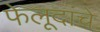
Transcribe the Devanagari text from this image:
फेलूदांचे